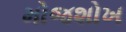
મોજશોખ